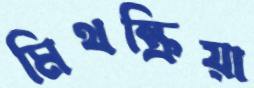
মিথষ্ক্রিয়া